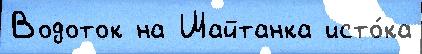
Водоток на Шайтанка исто́ка